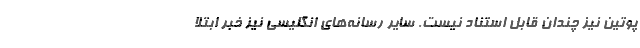
پوتین نیز چندان قابل استناد نیست. سایر رسانه‌های انگلیسی نیز خبر ابتلا